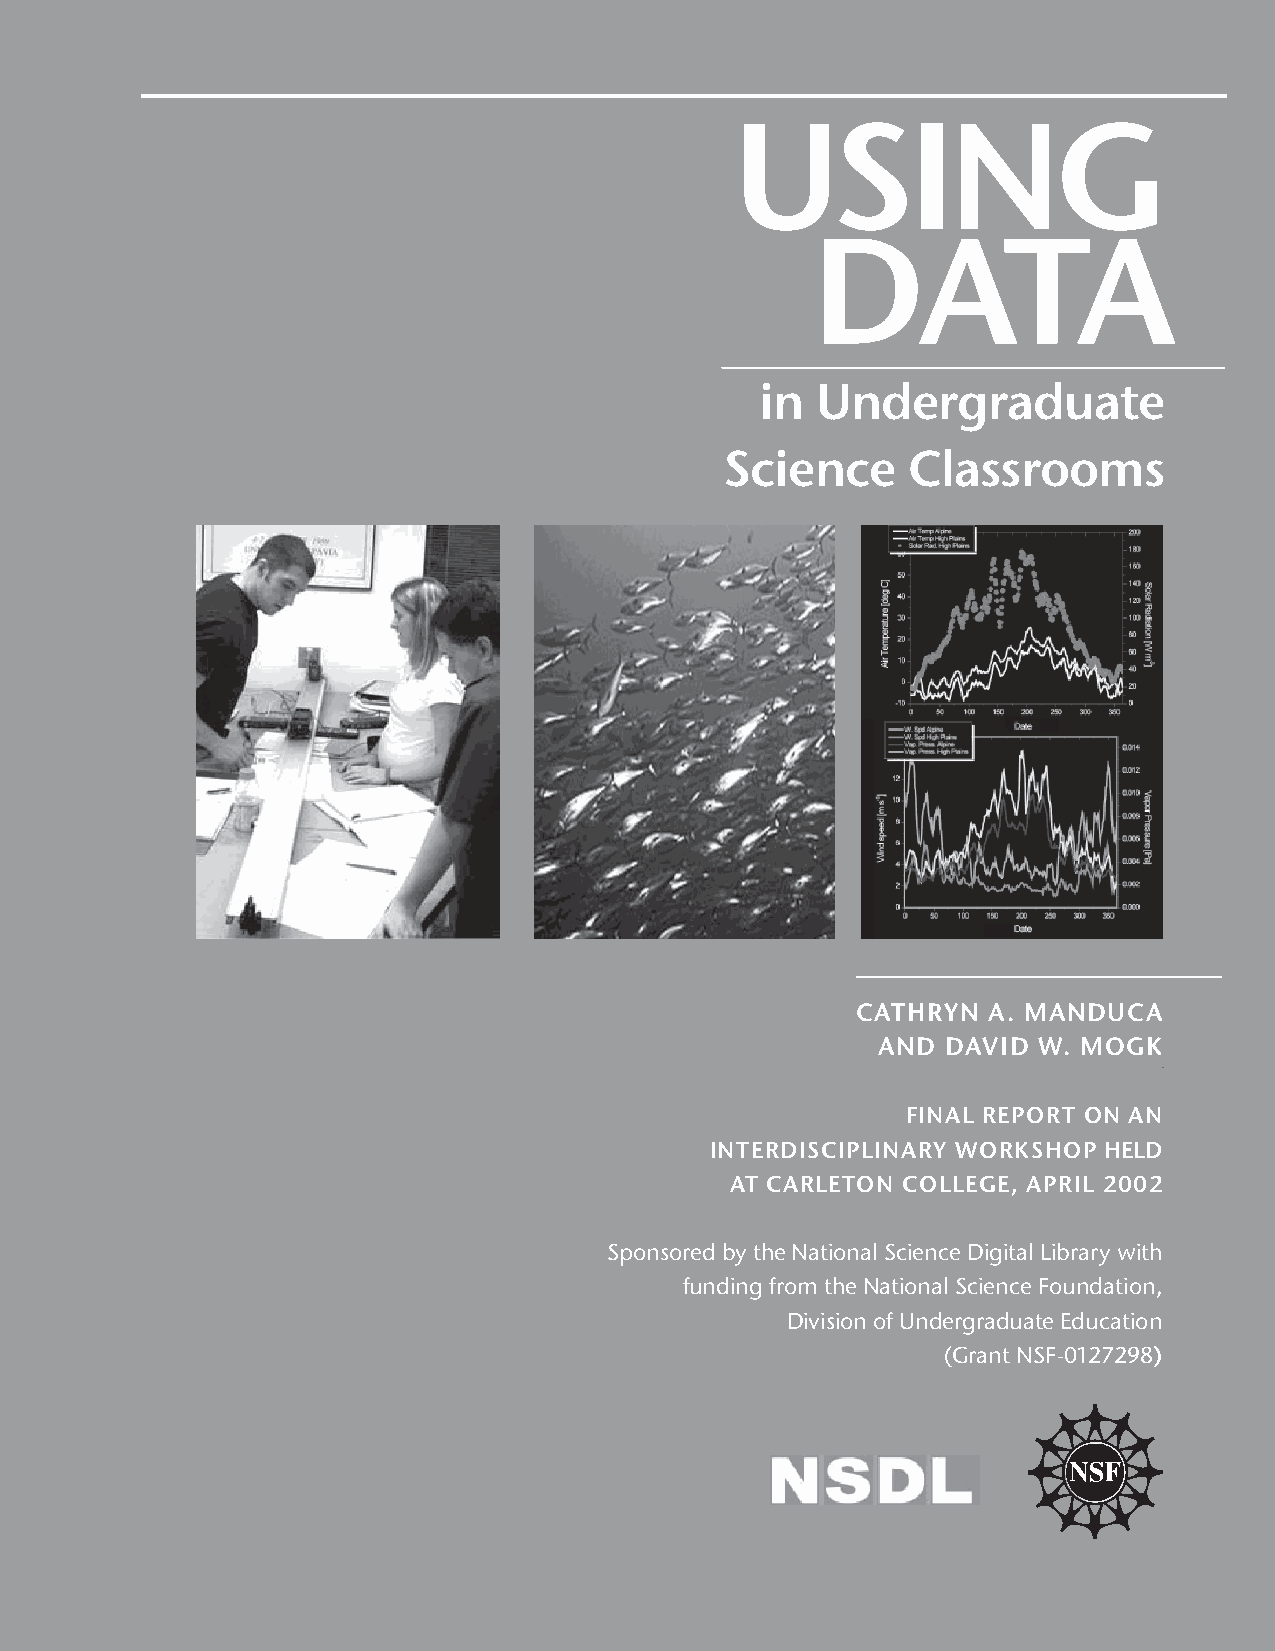
USING
 DATA
 in  Undergraduate
 Science     Classrooms
 CATHRYN A. MANDUCA
 AND  DAVID W. MOGK
 FINAL REPORT ON AN
 INTERDISCIPLINARY WORKSHOP HELD
 AT CARLETON COLLEGE, APRIL 2002
 Sponsored by the National Science Digital Library with
 funding from the National Science Foundation,
 Division of Undergraduate Education
 (Grant NSF-0127298)
 USING DATA IN UNDERGRADUATE SCIENCE CLASSROOMS — 3